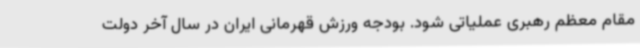
مقام معظم رهبری عملیاتی شود. بودجه ورزش قهرمانی ایران در سال آخر دولت